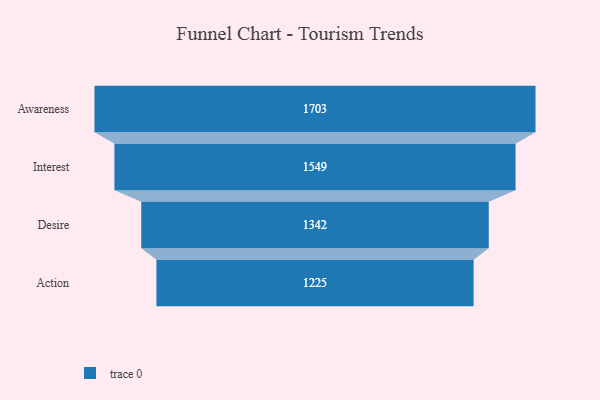
{"axis": {"x": "Stage", "y": "Value"}, "legend": [""], "data": [{"x": "Awareness", "y": 1703.0, "type": ""}, {"x": "Interest", "y": 1549.0, "type": ""}, {"x": "Desire", "y": 1342.0, "type": ""}, {"x": "Action", "y": 1225.0, "type": ""}]}